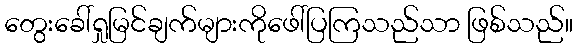
တွေးခေါ်ရှုမြင်ချက်များကိုဖေါ်ပြကြသည်သာ ဖြစ်သည်။